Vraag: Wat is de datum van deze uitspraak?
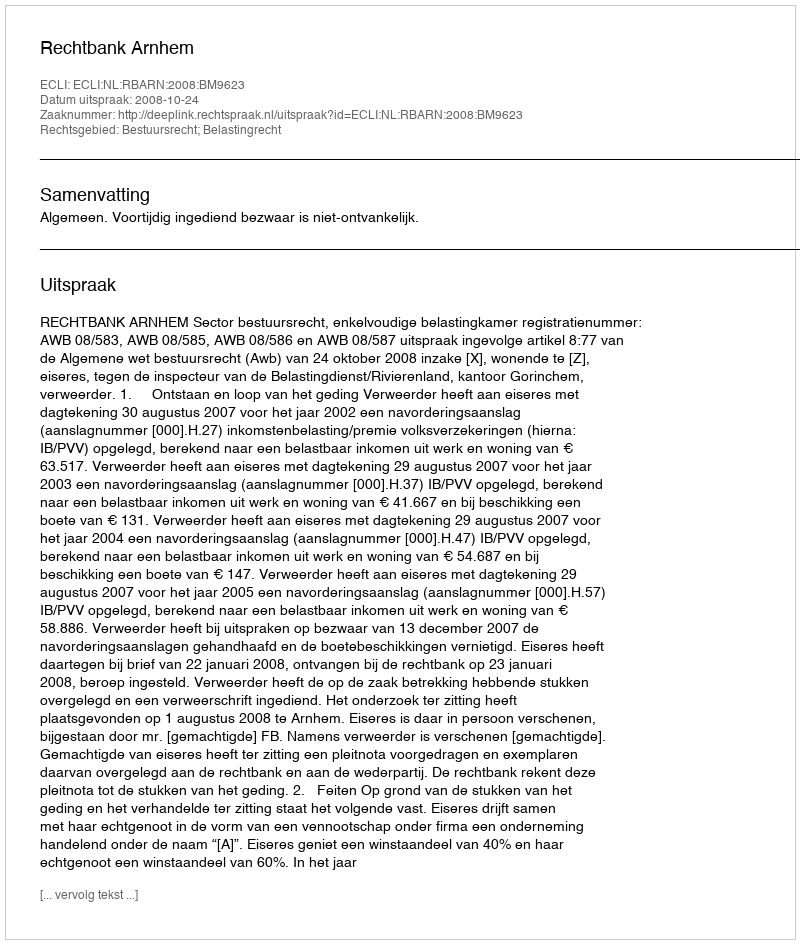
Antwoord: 2008-10-24